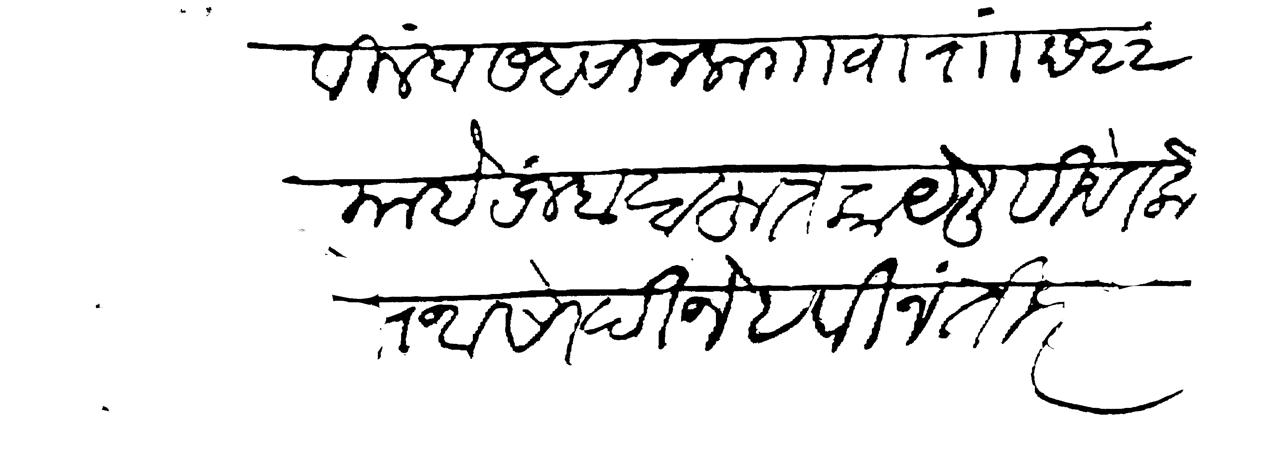
Transliteration (Devanagari): विलंब सहसा न लागावा राा छ २२ माहे रजब बहुत काय लिहिणे लोभ असो दीजे हे विनंती